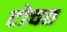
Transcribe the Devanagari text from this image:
टोचत